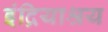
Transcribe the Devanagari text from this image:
इंद्रियाश्रय